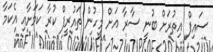
ސައިފް އިތުރަށް ބުނީ ސާރާ އަށް މީހުން ތައުރީފް ކުރާ ކަމަށާއި އެކަމާ